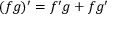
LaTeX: ( f g ) ^ { \prime } = f ^ { \prime } g + f g ^ { \prime }